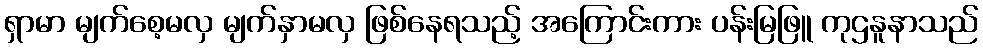
ရှာမာ မျက်စေ့မလှ မျက်နှာမလှ ဖြစ်နေရသည့် အကြောင်းကား ပန်းမြဖြူ ကုဌနူနာသည်